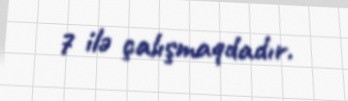
7 ilə çalışmaqdadır.